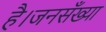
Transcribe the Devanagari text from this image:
है।जनसँख्या